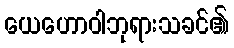
ယေဟောဝါဘုရားသခင်၏